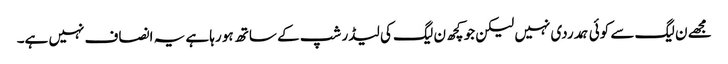
مجھے ن لیگ سے کوئی ہمدردی نہیں لیکن جو کچھ ن لیگ کی لیڈر شپ کے ساتھ ہو رہا ہے یہ انصاف نہیں ہے۔